Vaccine operations Central Provinces & Berar 1912-1920 - 1912-1920
Year: 1912
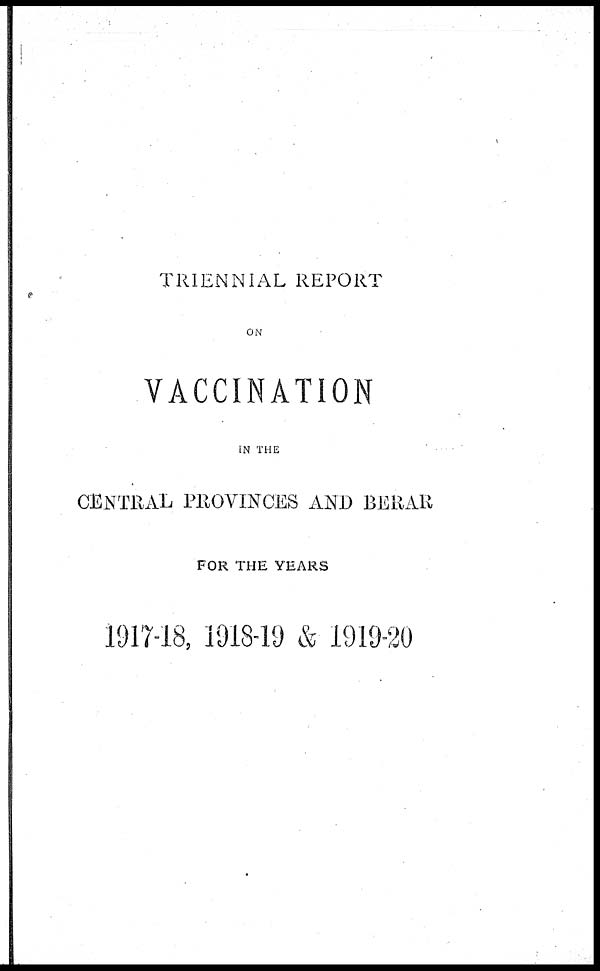
TRIENNIAL REPORT
ON
VACCINATION
IN THE
CENTRAL PROVINCES AND BERAR
FOR THE YEARS
1917-18, 1918-19 & 1919-20